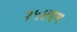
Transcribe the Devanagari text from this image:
१५४एम